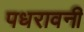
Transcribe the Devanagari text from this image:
पधरावनी